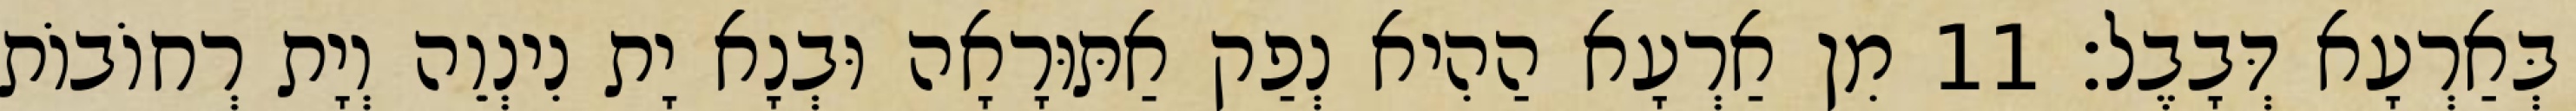
בְּאַרְעָא דְּבָבֶל׃ 11 מִן אַרְעָא הַהִיא נְפַק אַתּוּרָאָה וּבְנָא יָת נִינְוֵה וְיָת רְחוֹבוֹת